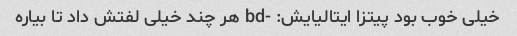
خیلی خوب بود پیتزا ایتالیایش: -bd هر چند خیلی لفتش داد تا بیاره